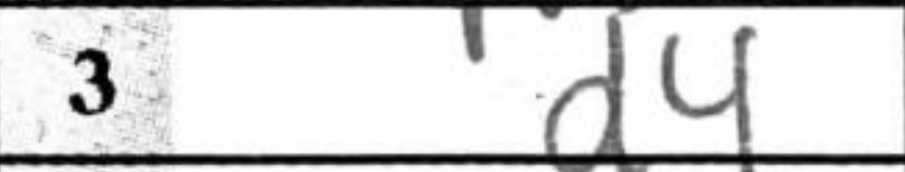
Transcription: d4